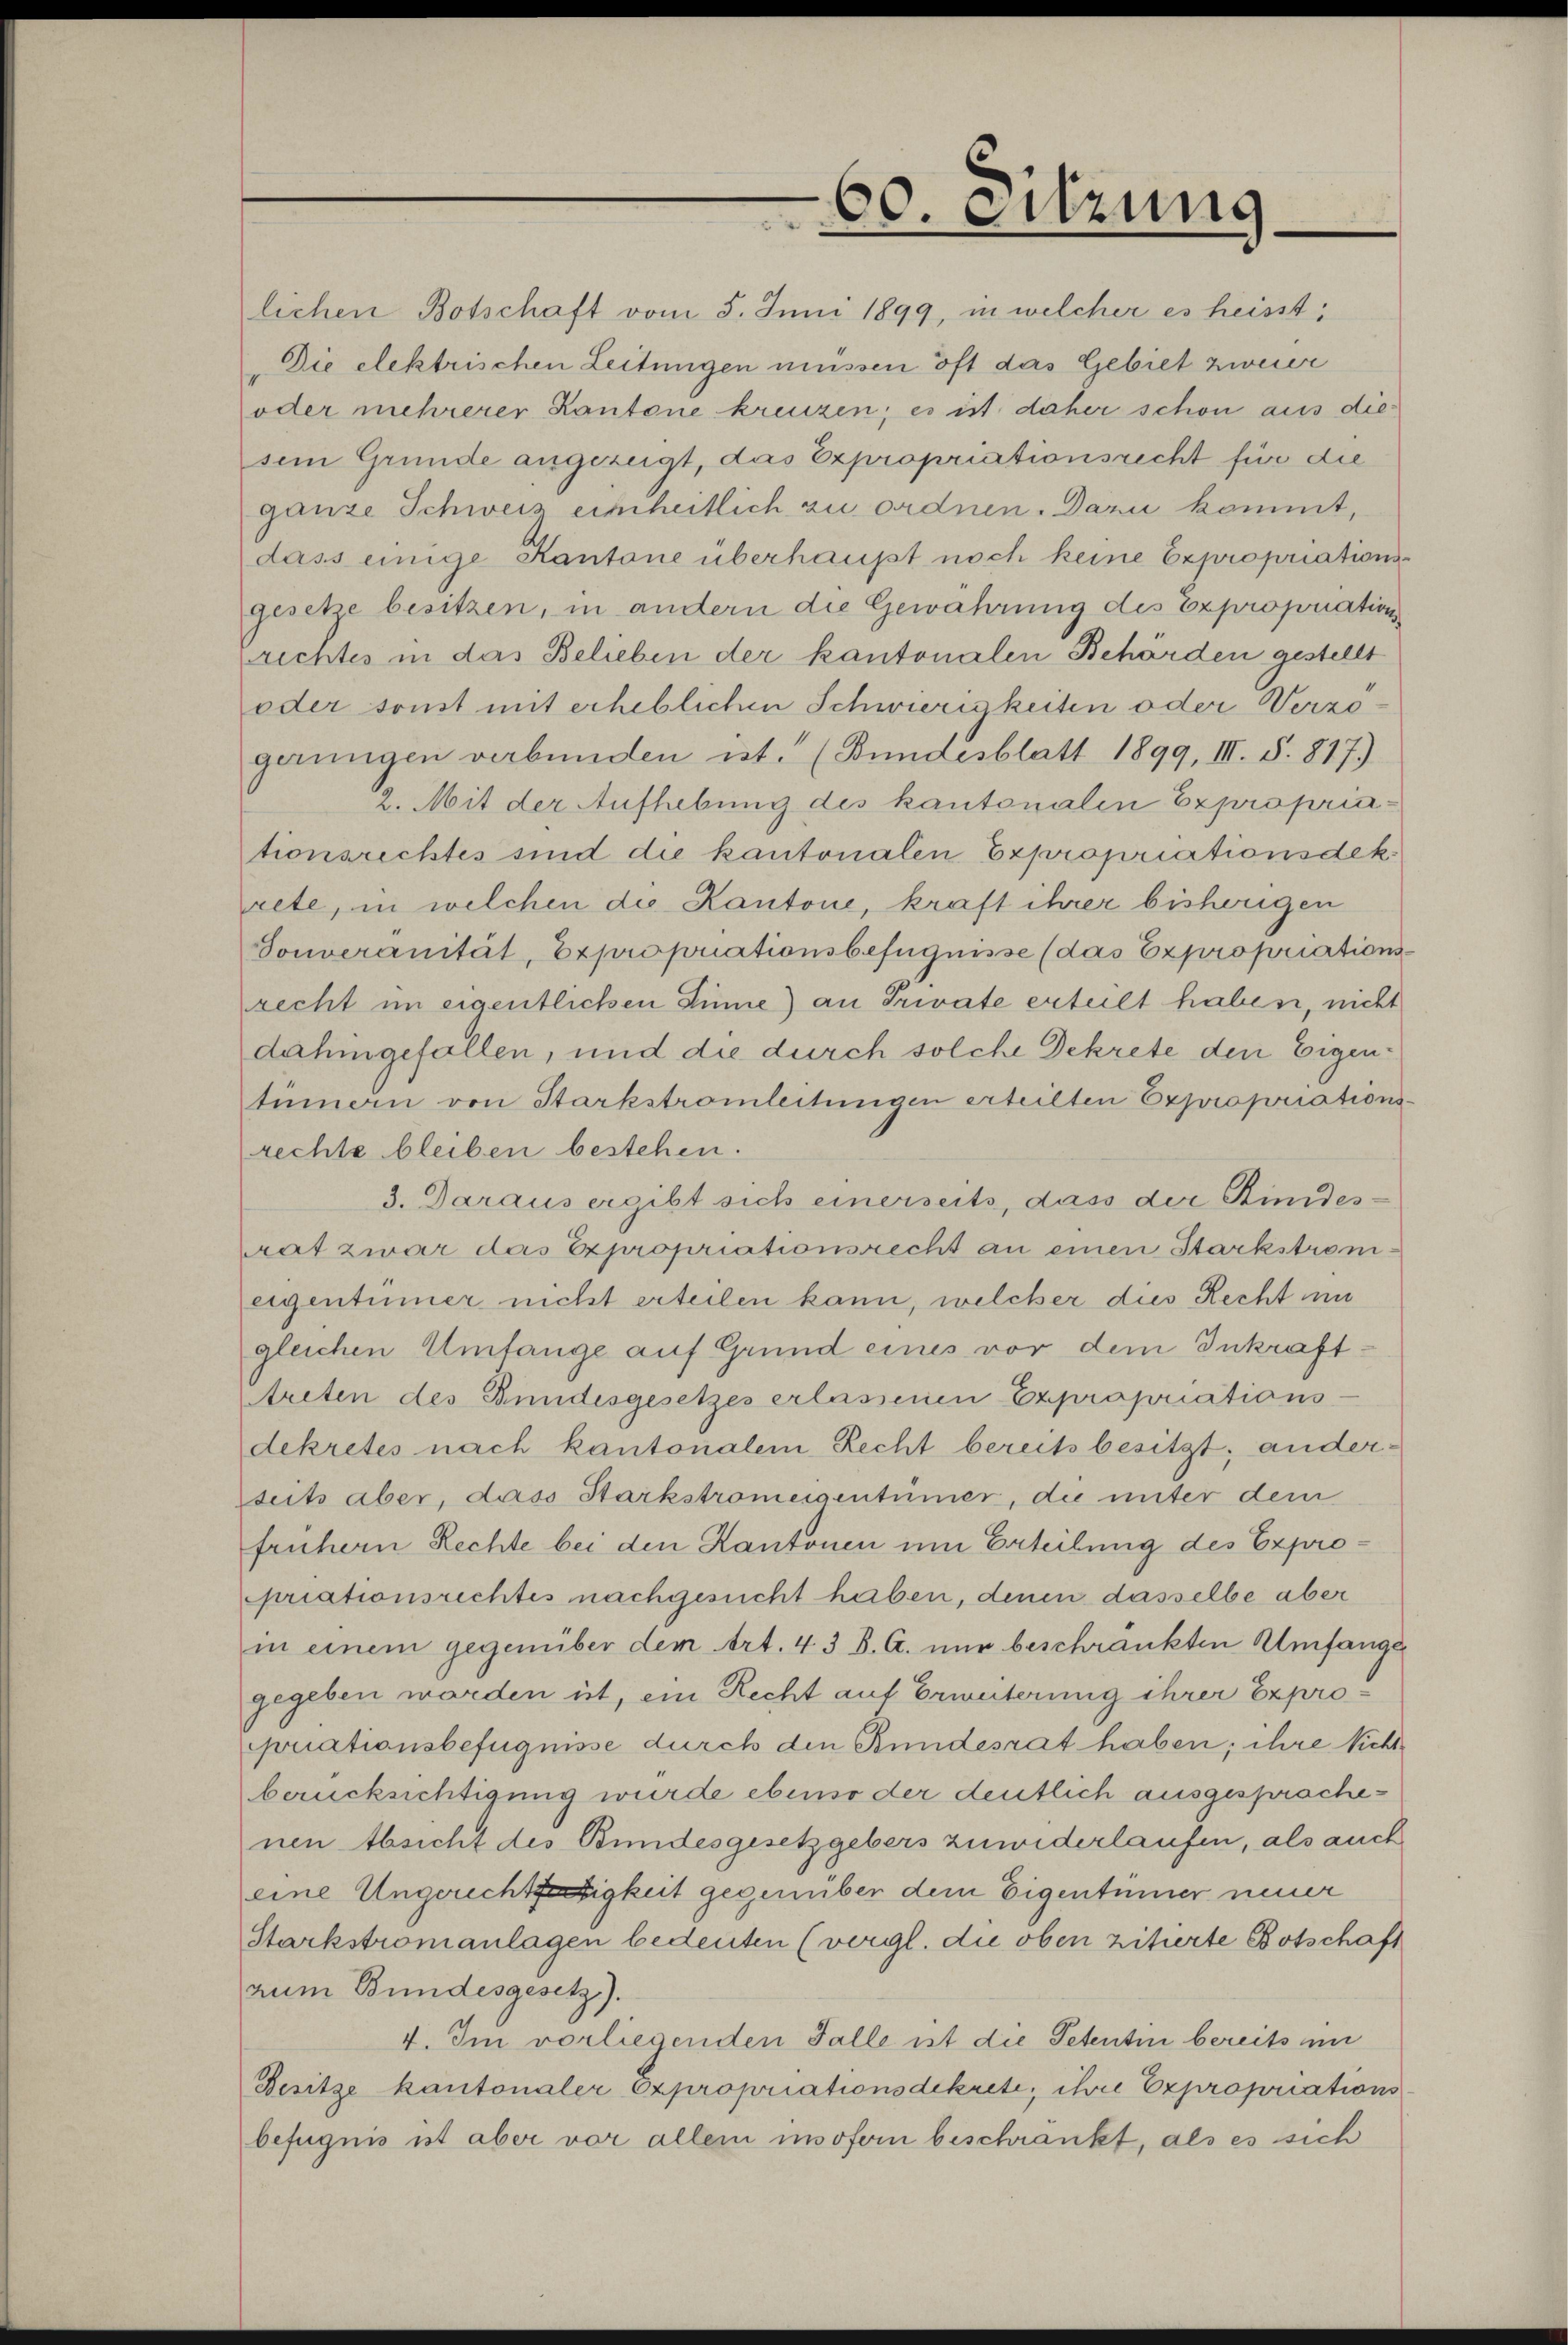
60. Sitzung

lichen Botschaft vom 5. Juni 1899, in welcher es heisst,
Die elektrischen Leitungen müssen oft das Gebiet zweier
oder mehrerer Kantone kreuzen; es ist daher schon aus diesem Grunde angezeigt, das Expropriationsrecht für die
ganze Schweiz einheitlich zu ordnen. Dazu kommt,
dass einige Kantone überhaupt noch keine Expropriationsgesetze besitzen, in andern die Gewahrung des Expropriation
richtes in das Belieben der kantonalen Behörden gestellt
oder sonst mit erheblichen Schwierigkeiten oder Verzögerungen verbunden ist. (Bundesblatt 1899, III. §. 817)
2. Mit der Aufhebung des kantonalen Exproprintionsrechtes sind die kantonalen Expropriationsdek
rete, in welchen die Kantone, kraft ihrer bisherigen
Souveranität, Expropriationsbefugnisse (das Expropriations
recht im eigentlichen Zinne) an Private erteilt haben, nicht
dahingefällen, und die durch solche Dekrete den Eigentüman von Starkstromleitungen erteilten Expropriations
rechte bleiben bestehen.
3. Daraus ergibt sich einerseits, dass der Kindesrat zwar das Expropriationsrecht an einen Stärkstromeigentümer nicht erteilen kann, welcher das Recht un
gleichen Umfange auf Grund eines vor dem Inkrafttreten des Bundesgesetzes erlassenen Expropriations-
dekretes nach kantonalem Recht bereits besitzt; anderseits aber, dass Starkstromeigentümer, die unter dem
frühern Rechte bei den Kantonen um Erteilung des Expropriationsrechtes nachgesucht haben, denen dasselbe aber
in einem gegenüber dem Art. 43 B. A. nur beschränkten Umfange
gegeben worden ist, ein Recht auf Erweiterung ihrer Exproporationsbefugnisse durch den Bundesrat haben; ihre Nichtberücksichtigung wurde ebenso der deutlich ausgesprächenen Absicht des Bundesgesetzgebers zuwiderlaufen, als auch
eine Ungerechtfertigkeit gegenüber dem Eigentümer neuer
Starkstromanlagen bedeuten (vergl. die oben zitierte Botschaft
zum Bundesgesetz).
4. Im vorliegenden Falle ist die Petentin bereits in
Besitze kantonaler Expropriationsdekrete, ihre Expropriations
befugnis ist aber vor allem insofern beschränkt, als es sich